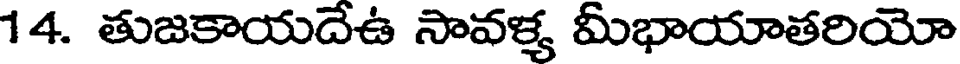
14. తుజకాయదేఉ సావళ్య మీభాయాతరియో